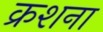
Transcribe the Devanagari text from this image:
क्रशना